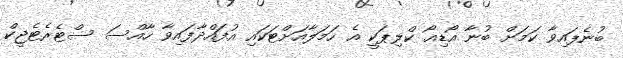
ބުނެފައިވާ ކަމަށް ބުނާ އޯޑިއޯ ކްލިޕަކީ އެ ހަމަލާއަށްޓަކައި އުފައްދާފައިވާ ހާއްސަ ސްޓެރެޓެޖީކް